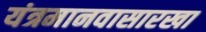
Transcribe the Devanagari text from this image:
यंत्रमानवासारखा